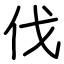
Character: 伐